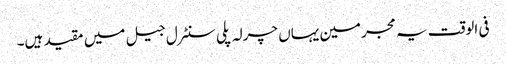
فی الوقت یہ مجرمین یہاں چرلہ پلی سنٹرل جیل میں مقید ہیں۔